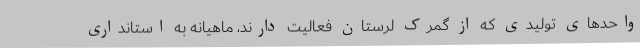
واحدهای تولیدی که از گمرک لرستان فعالیت دارند، ماهیانه به استانداری